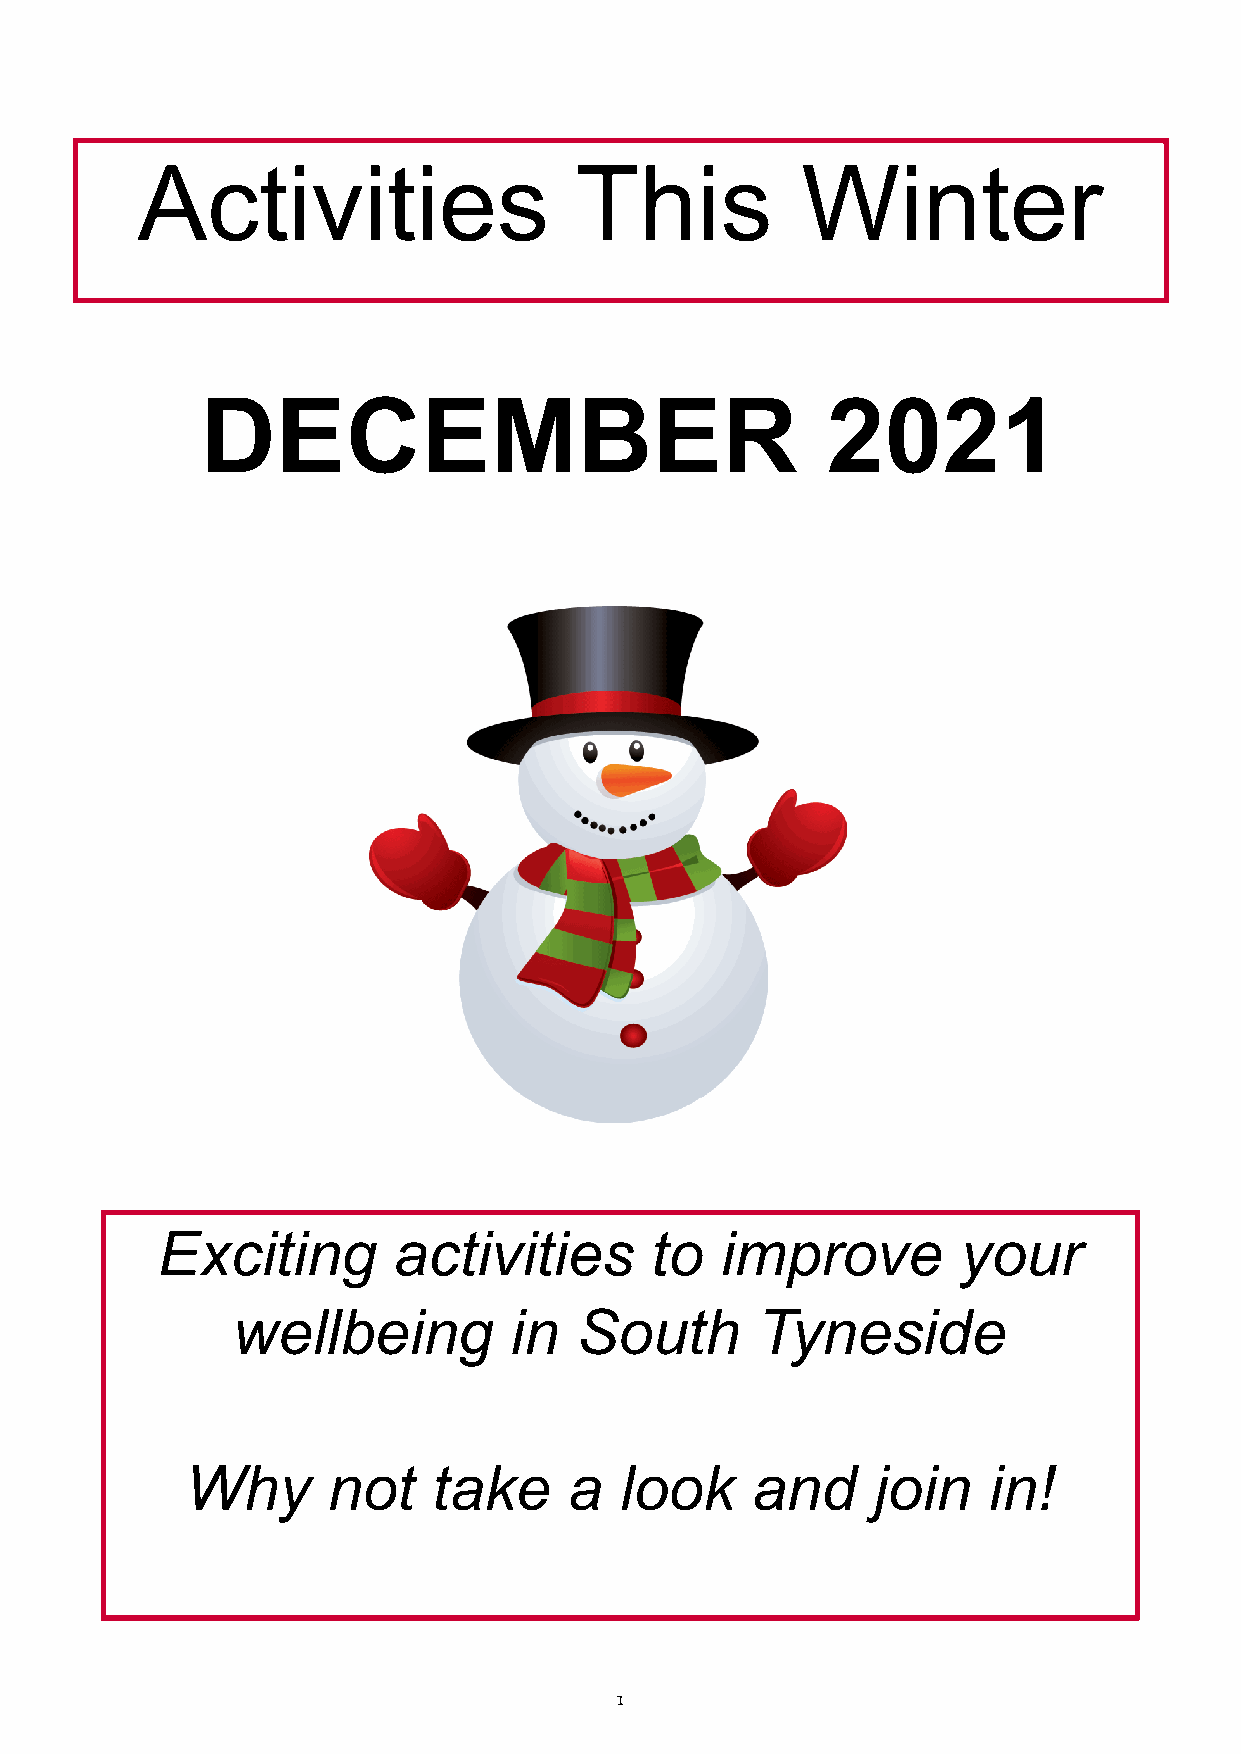
Activities                   This           Winter
 DECEMBER                                  2021
 Exciting        activities       to   improve         your
 wellbeing          in  South       Tyneside
 Why       not    take     a  look     and     join   in!
 1